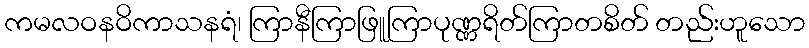
ကမလဝနဝိကာသနရံ၊ ကြာနီကြာဖြူကြာပုဏ္ဏရိတ်ကြာတစိတ် တည်းဟူသော